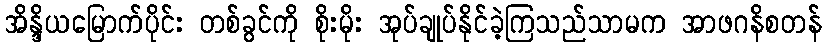
အိန္ဒိယမြောက်ပိုင်း တစ်ခွင်ကို စိုးမိုး အုပ်ချုပ်နိုင်ခဲ့ကြသည်သာမက အာဖဂနိစတန်